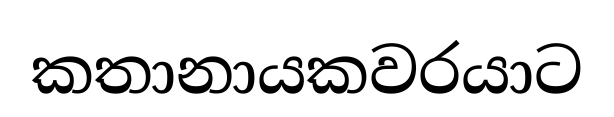
කතානායකවරයාට